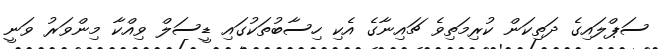
ސަޕްލައިގެ ދަތިކަން ކުރިމަތިވެ ޗައިނާގެ އެކި ހިސާބުތަކުގައި ޑީސަލް ވިއްކާ މިންވަރު ވަނީ